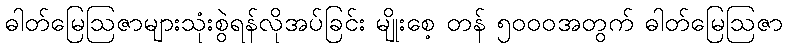
ဓါတ်မြေဩဇာများသုံးစွဲရန်လိုအပ်ခြင်း မျိုးစေ့ တန် ၅၀၀၀အတွက် ဓါတ်မြေဩဇာ